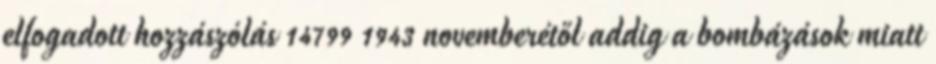
elfogadott hozzászólás 14799 1943 novemberétől addig a bombázások miatt